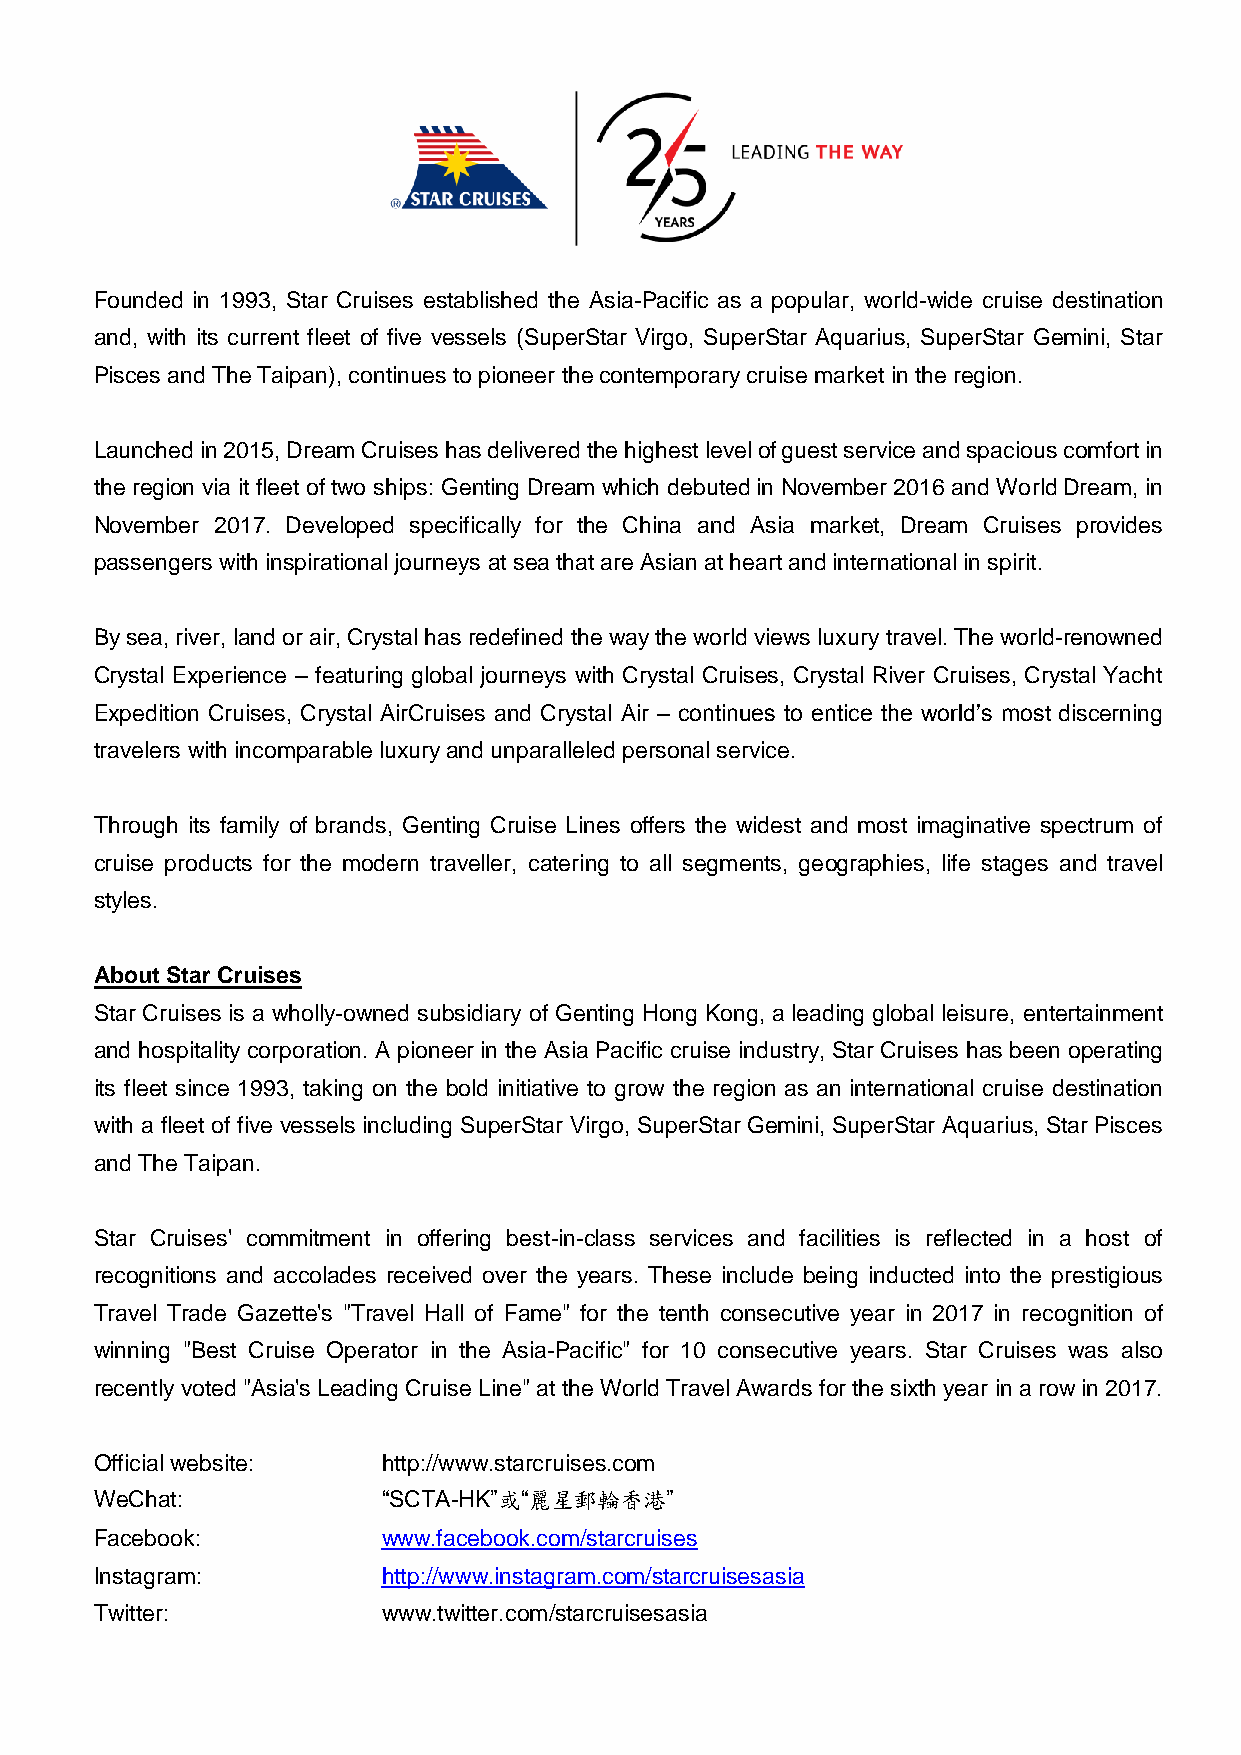
Founded in 1993, Star Cruises established the Asia-Pacific as a popular, world-wide cruise destination
 and, with its current fleet of five vessels (SuperStar Virgo, SuperStar Aquarius, SuperStar Gemini, Star
 Pisces and The Taipan), continues to pioneer the contemporary cruise market in the region.
 Launched in 2015, Dream Cruises has delivered the highest level of guest service and spacious comfort in
 the region via it fleet of two ships: Genting Dream which debuted in November 2016 and World Dream, in
 November 2017. Developed specifically for the China and Asia market, Dream Cruises provides
 passengers with inspirational journeys at sea that are Asian at heart and international in spirit.
 By sea, river, land or air, Crystal has redefined the way the world views luxury travel. The world-renowned
 Crystal Experience – featuring global journeys with Crystal Cruises, Crystal River Cruises, Crystal Yacht
 Expedition Cruises, Crystal AirCruises and Crystal Air – continues to entice the world’s most discerning
 travelers with incomparable luxury and unparalleled personal service.
 Through its family of brands, Genting Cruise Lines offers the widest and most imaginative spectrum of
 cruise products for the modern traveller, catering to all segments, geographies, life stages and travel
 styles.
 About Star Cruises
 Star Cruises is a wholly-owned subsidiary of Genting Hong Kong, a leading global leisure, entertainment
 and hospitality corporation. A pioneer in the Asia Pacific cruise industry, Star Cruises has been operating
 its fleet since 1993, taking on the bold initiative to grow the region as an international cruise destination
 with a fleet of five vessels including SuperStar Virgo, SuperStar Gemini, SuperStar Aquarius, Star Pisces
 and The Taipan.
 Star Cruises' commitment in offering best-in-class services and facilities is reflected in a host of
 recognitions and accolades received over the years. These include being inducted into the prestigious
 Travel Trade Gazette's "Travel Hall of Fame" for the tenth consecutive year in 2017 in recognition of
 winning "Best Cruise Operator in the Asia-Pacific" for 10 consecutive years. Star Cruises was also
 recently voted "Asia's Leading Cruise Line" at the World Travel Awards for the sixth year in a row in 2017.
 Official website:  http://www.starcruises.com
 WeChat:            “SCTA-HK”或“麗星郵輪香港”
 Facebook:          www.facebook.com/starcruises
 Instagram:         http://www.instagram.com/starcruisesasia
 Twitter:           www.twitter.com/starcruisesasia